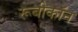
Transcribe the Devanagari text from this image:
रूबीकॉन